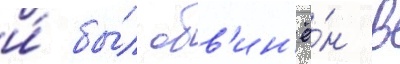
и́ бы́л обв'ин'ё́н в